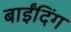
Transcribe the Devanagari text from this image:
बाईंदिंग